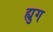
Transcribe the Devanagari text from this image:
ह्युग